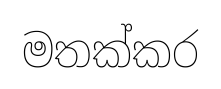
මතක්කර